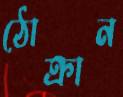
ঠোক্‌রান